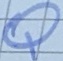
Text: Q